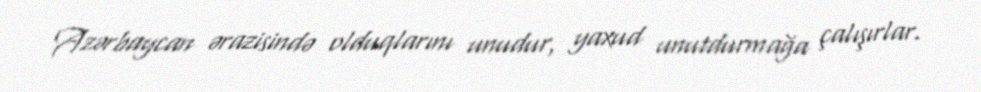
Azərbaycan ərazisində olduqlarını unudur, yaxud unutdurmağa çalışırlar.